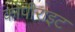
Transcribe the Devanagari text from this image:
कोपीराइट